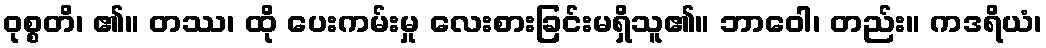
ဝုစ္စတိ၊ ၏။ တဿ၊ ထို ပေးကမ်းမှု လေးစားခြင်းမရှိသူ၏။ ဘာဝေါ၊ တည်း။ ကဒရိယံ၊